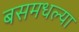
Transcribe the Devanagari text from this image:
बसमधल्या